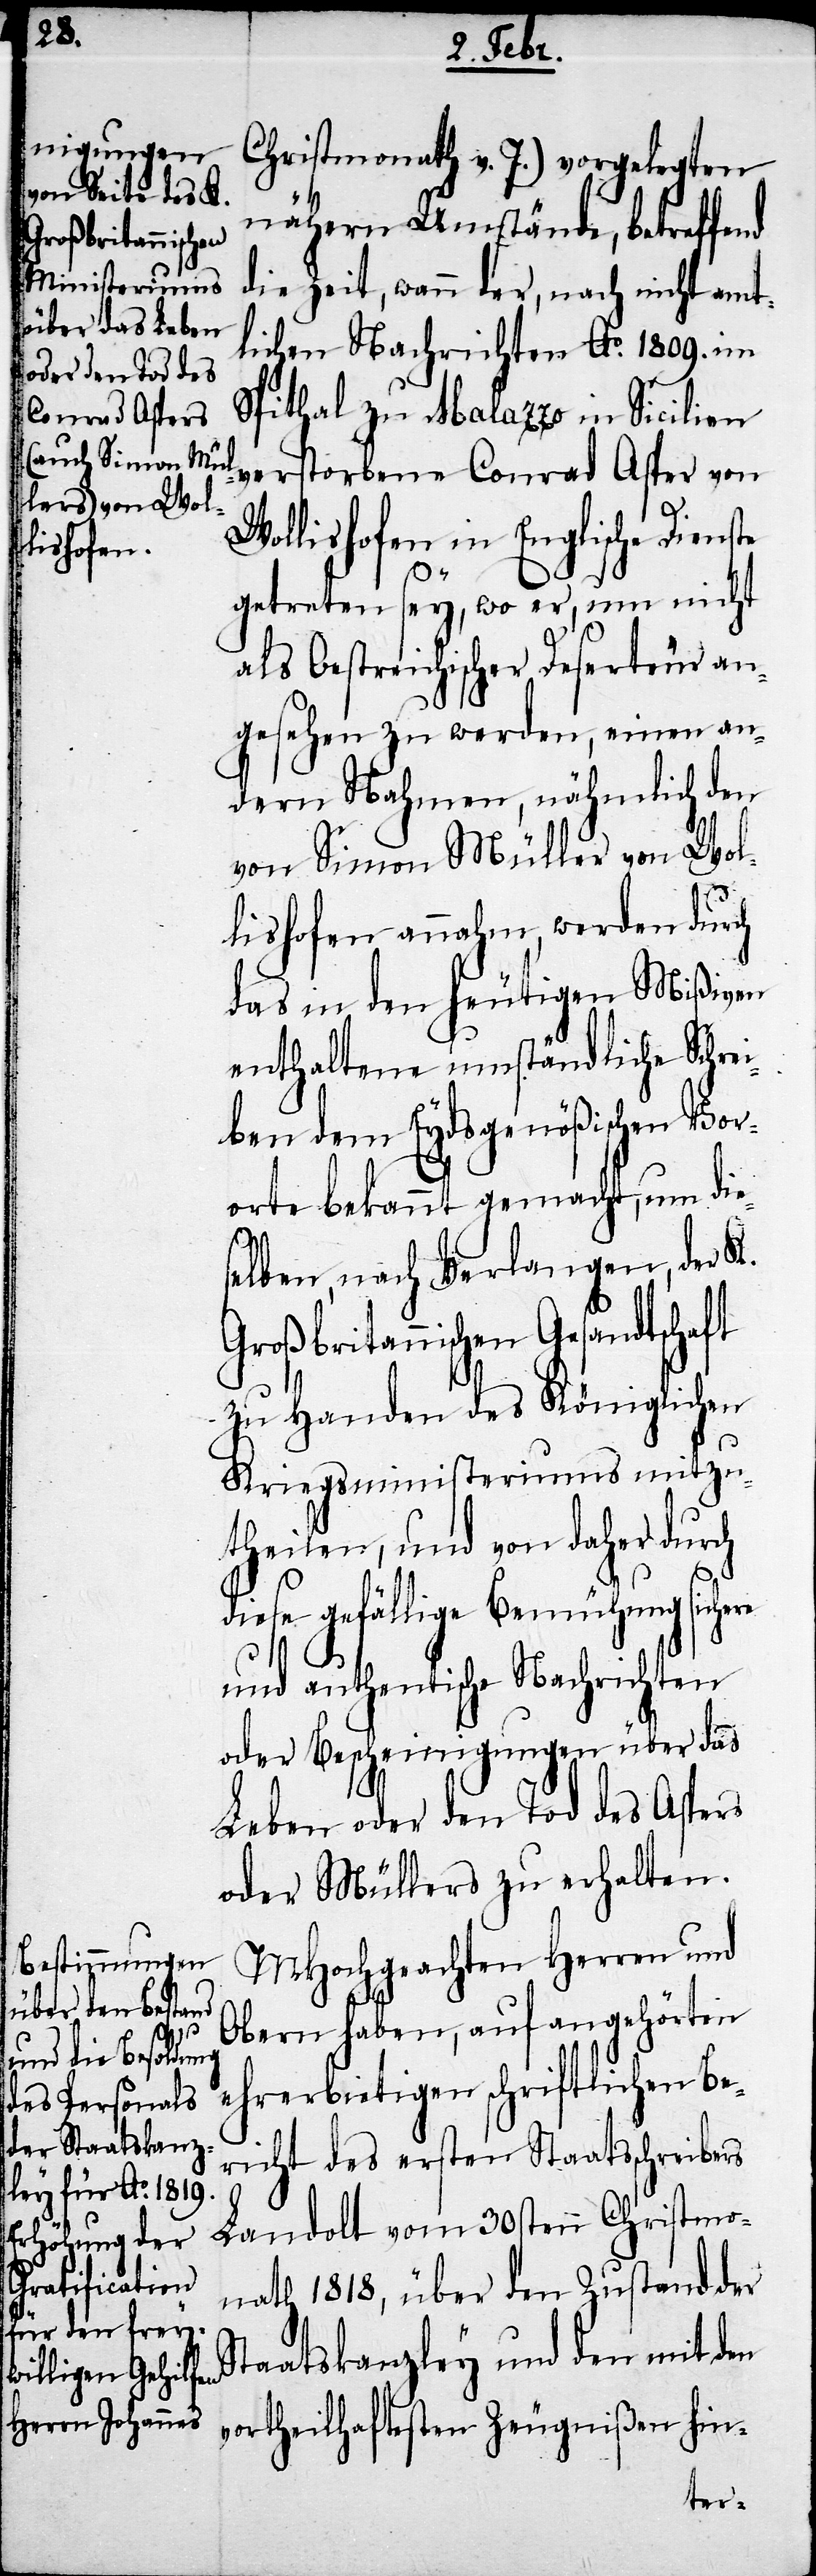
Christmonat v. J.) vorgelegten
nähern Umstände, betreffe¬
die Zeit, wann der, nach nicht amt¬
lichen Nachrichten Ao. 1809. im
Spithal zu Malazzo in Sicilien
verstorbene Conrad Asper von
nd
Wollishofen in Englische Dienste
re
getreten sey, wo er, um nicht
als Oestreichischer Deserteur an¬
gesehen zu werden, einen an¬
dern Nahmen, nähmlich den
von Simon Müller von Wol¬
lishofen, annahm, werden durch
das in den heutigen Mißiven
enthaltene umständliche Schr¬
iben dem Eydsgenößischen Vor¬
orte bekannt gemacht, um die¬
lben, nach Verlangen, der K.
Großbritannischen Gesandtschaft
zu Handen des Königlichen
Kriegsministeriums mitzu¬
theilen, und von daher durch
diese gefällige Bemühung siche¬
und authentische Nachrichten
oder Bescheinigungen über das
Leben oder den Tod des Aspers
oder Müllers zu erhalten.
MHochgeachten Herren und
Obern haben, auf angehörten
ehrerbietigen schriftlichen Be¬
richt des ersten Staatsschreibers
Landolt vom 30sten Christmo¬
nath 1818, über den Zustand der
Staatskanzley und den mit den
vortheilhaftesten Zeugnißen hin-